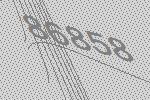
86858